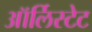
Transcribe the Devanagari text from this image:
ऑर्लिस्टेट